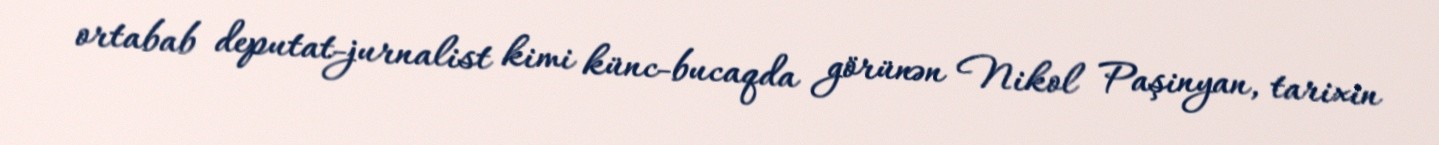
ortabab deputat-jurnalist kimi künc-bucaqda görünən Nikol Paşinyan, tarixin